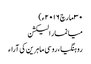
۳۰ مارچ ۲۰۱۶ء)
میانمار الیکشن
روہنگیا ، روسی ماہرین کی آراء